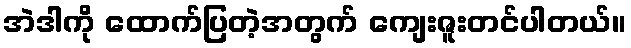
အဲဒါကို ထောက်ပြတဲ့အတွက် ကျေးဇူးတင်ပါတယ်။